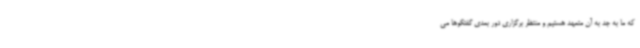
که ما به جد به آن متعهد هستیم و منتظر برگزاری دور بعدی گفتگوها می